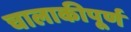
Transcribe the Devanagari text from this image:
चालाकीपूर्ण